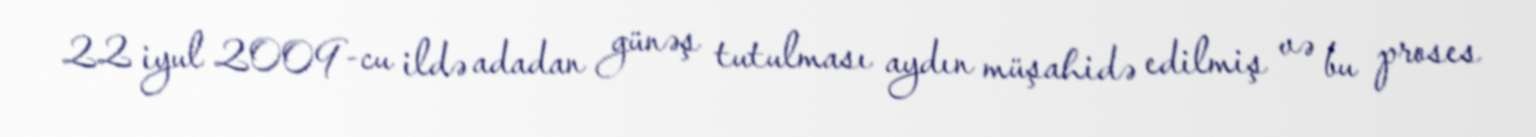
22 iyul 2009-cu ildə adadan günəş tutulması aydın müşahidə edilmiş və bu proses